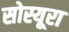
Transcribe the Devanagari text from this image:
सोस्यूरा